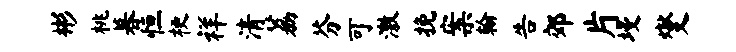
彬桃暮恒梗祥清荔芬可激挽案翰告郊片墁燮